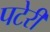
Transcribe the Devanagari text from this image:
पटेरी